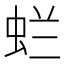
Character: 𱿞